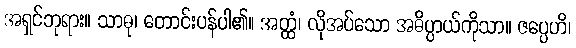
အရှင်ဘုရား။ သာဓု၊ တောင်းပန်ပါ၏။ အတ္ထံ၊ လိုအပ်သော အဓိပ္ပာယ်ကိုသာ။ ဇပ္ပေဟိ၊